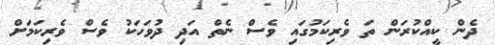
ދެން ކީއްކުރަން ތަ ވެރިކަމުގައި ވެސް ނެތް އަދި ދުވަހަކު ވެސް ވެރިކަމަށް